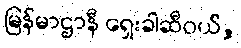
မြန်မာဌာနီ ရှေးခါဆီဝယ်,